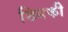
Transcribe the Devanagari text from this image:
ख्यिकी